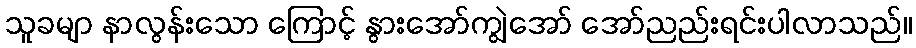
သူခမျာ နာလွန်းသော ကြောင့် နွားအော်ကျွဲအော် အော်ညည်းရင်းပါလာသည်။